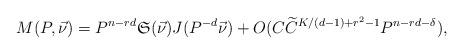
LaTeX: \begin{align*}M(P,\vec{\nu})=P^{n-rd}\mathfrak{S}(\vec{\nu})J(P^{-d}\vec{\nu})+O(C\widetilde{C}^{K/(d-1)+r^2-1}P^{n-rd-\delta}),\end{align*}